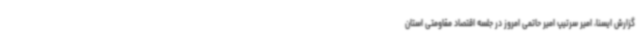
گزارش ایسنا، امیر سرتیپ امیر حاتمی امروز در جلسه اقتصاد مقاومتی استان